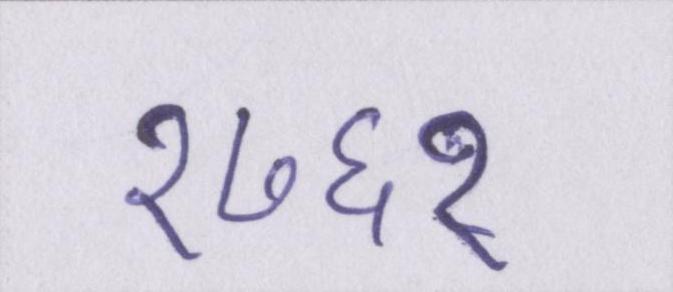
१७६१